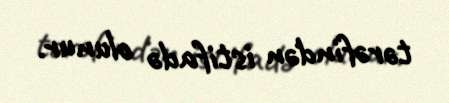
tərəfindən istifadə olunur.